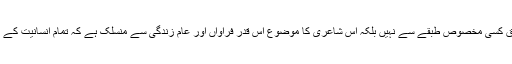
ان کی ظریفانہ شاعری کا تعلق کسی مخصوص طبقے سے نہیں بلکہ اس شاعری کا موضوع اس قدر فراواں اور عام زندگی سے منسلک ہے کہ تمام انسانیت کے مسائل اس میں سمٹ آئے ہیں۔